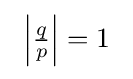
\ \left|{\tfrac {q}{p}}\right|=1\